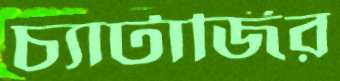
চ্যাটার্জির